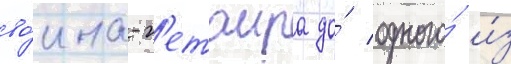
во́ина-г'етаира до́ одного́ и́з